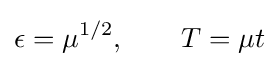
\epsilon =\mu ^{1/2},\qquad T=\mu t